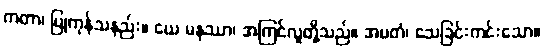
ကတာ၊ ပြုကုန်သနည်း။ ယေ မနုဿာ၊ အကြင်လူတို့သည်။ အမတံ၊ သေခြင်းကင်းသော။